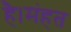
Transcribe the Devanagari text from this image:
है।मंहत